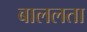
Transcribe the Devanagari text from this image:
बाललता